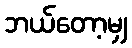
ဘယ်တော့မျှ